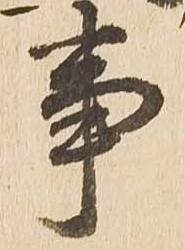
事